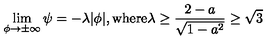
\lim _ { \phi \to \pm \infty } \psi = - \lambda | \phi | , \mathrm { w h e r e } \lambda \ge \frac { 2 - a } { \sqrt { 1 - a ^ { 2 } } } \ge \sqrt { 3 }